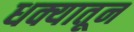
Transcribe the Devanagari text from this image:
धक्यातून